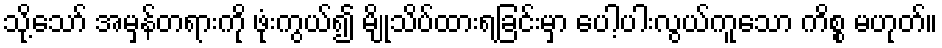
သို့သော် အမှန်တရားကို ဖုံးကွယ်၍ မျိုသိပ်ထားရခြင်းမှာ ပေါ့ပါးလွယ်ကူသော ကိစ္စ မဟုတ်။